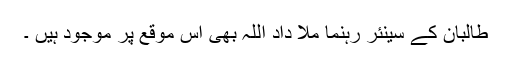
طالبان کے سینئر رہنما ملا داد اللہ بھی اس موقع پر موجود ہیں ۔